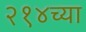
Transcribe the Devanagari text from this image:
२१४च्या